Welfare of youth, 1940
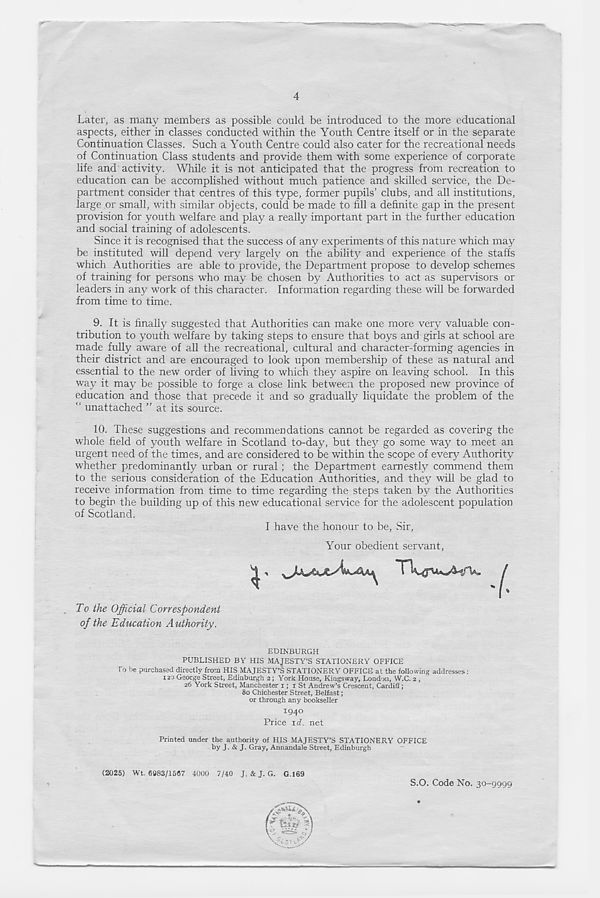
4
Later, as many members as possible could be introduced to the more educational
aspects, either in classes conducted within the Youth Centre itself or in the separate
Continuation Classes. Such a Youth Centre could also cater for the recreational needs
of Continuation Class students and provide them with some experience of corporate
life and activity. While it is not anticipated that the progress from recreation to
education can be accomplished without much patience and skilled service, the De-
partment consider that centres of this type, former pupils’ clubs, and all institutions,
large or small, with similar objects, could be made to hll a dehnite gap in the present
provision for youth welfare and play a really important part in the further education
and social training of adolescents.
Since it is recognised that the success of any experiments of this nature which may
be instituted will depend very largely on the ability and experience of the staffs
which Authorities are able to provide, the Department propose to develop schemes
of training for persons who may be chosen by Authorities to act as supervisors or
leaders in any work of this character. Information regarding these will be forwarded
from time to time.
9. It is finally suggested that Authorities can make one more very valuable con-
tribution to youth welfare by taking steps to ensure that boys and girls at school are
made fully aware of all the recreational, cultural and character-forming agencies in
their district and are encouraged to look upon membership of these as natural and
essential to the new order of living to which they aspire on leaving school. In this
way it may be possible to forge a close link between the proposed new province of
education and those that precede it and so gradually liquidate the problem of the
unattached ” at its source.
10. These suggestions and recommendations cannot be regarded as covering the
whole held of youth welfare in Scotland to-day, but they go some way to meet an
urgent need of the times, and are considered to be within the scope of every Authority
whether predominantly urban or rural; the Department earnestly commend them
to the serious consideration of the Education Authorities, and they will be glad to
receive information from time to time regarding the steps taken by the Authorities
to begin the building up of this new educational service for the adolescent population
of Scotland.
I have the honour to be, Sir,
Your obedient servant,
Thfl-UvAsTV. /
To the Official Correspondent
of the Education Authority.
EDINBURGH
PUBLISHED BY HIS MAJESTY’S STATIONERY OFFICE
To be purchased directly from HIS MAJESTY’S STATIONERY OFFICE at the following addresses:
120 George Street, Edinburgh 2; York House, Kingsway, Loudon, W.C. 2 ,
26 York Street, Manchester 1; 1 St Andrew’s Crescent, CardiS;
80 Chichester Street, Belfast;
or through any bookseller
194°
Price id. net
Printed under the authority of HIS MAJESTY’S STATIONERY OFFICE
by J. & J. Gray, Annandale Street, Edinburgh
(2025) Wt. 6g83/1567 4000 7/40 J. & J. G. G.169
S.O. Code No. 30-9999